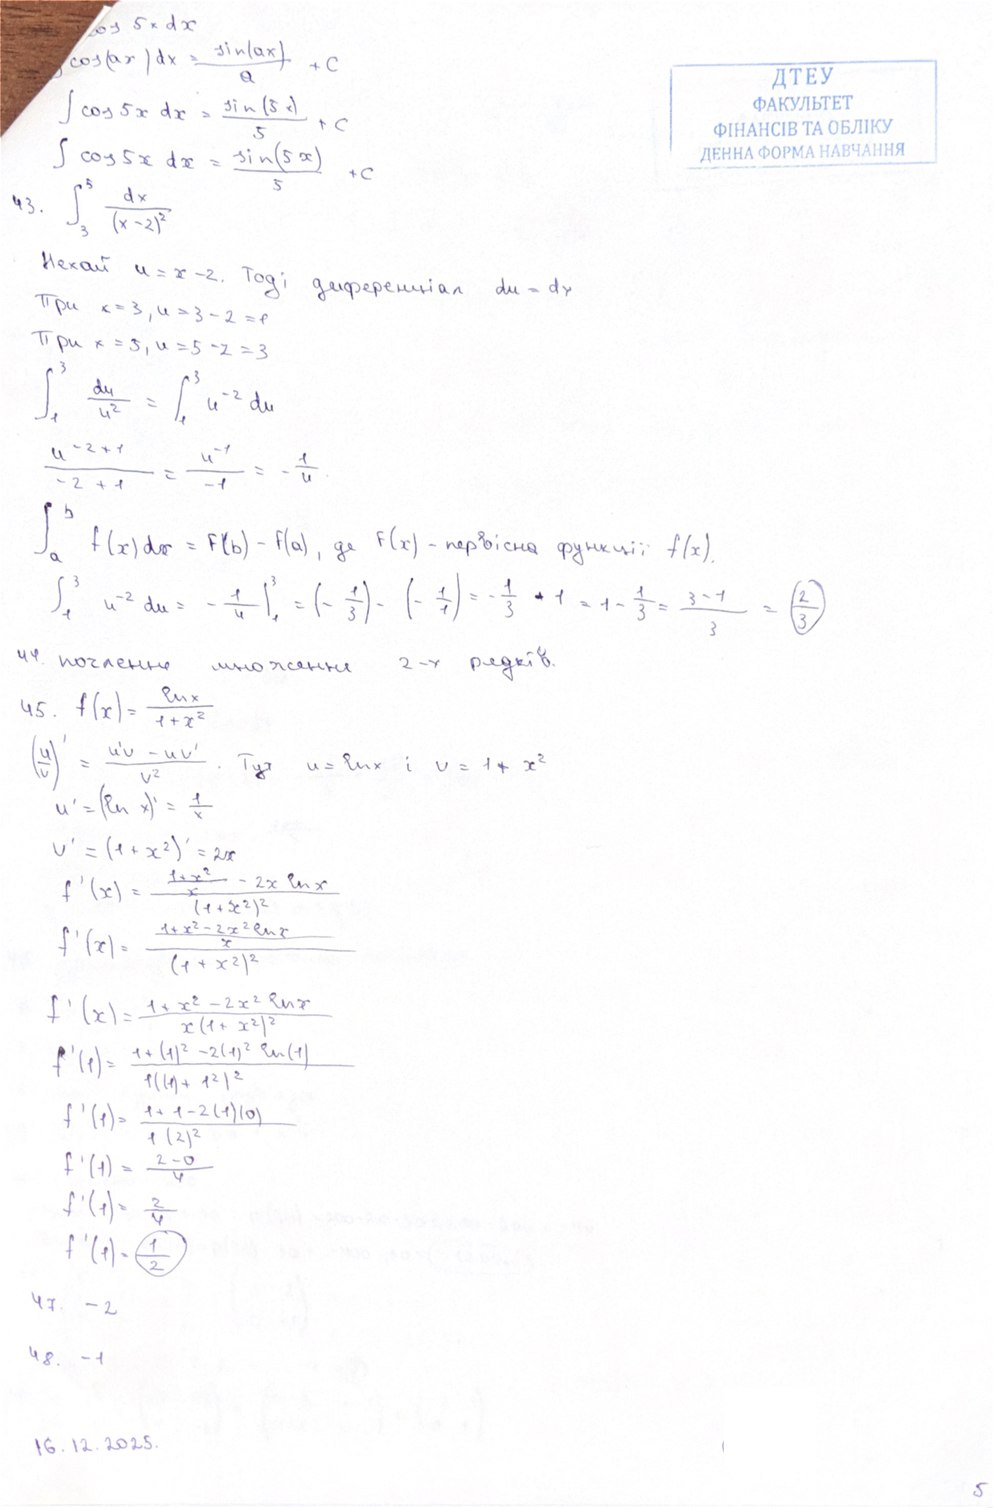
os 5х dx
\int \cos(ax) dx = \frac{\sin(ax)}{a} + C
∫cos5xdx= sin(5x) / 5 + c
∫cos5xdx= sin(5x) / 5 + c
43. \int_{3}^{5} \frac{dx}{(x-2)^2}
Нехай u = x - 2. Тоді диференціал du = dx
При x = 3, u = 3 - 2 = 1
При x = 5, u = 5 - 2 = 3
\int_{1}^{3} \frac{du}{u^2} = \int_{1}^{3} u^{-2} du
\frac{u^{-2+1}}{-2+1} = \frac{u^{-1}}{-1} = -\frac{1}{u}
∫a ^b f(x)dx = F(b) - F(a), де F(x) - первісна функції f(x).
\int_{1}^{3} u^{-2} du = - \frac{1}{u} \bigg|_{1}^{3} = \left( - \frac{1}{3} \right) - \left( - \frac{1}{1} \right) = - \frac{1}{3} + 1 = 1 - \frac{1}{3} = \frac{3 - 1}{3} = \frac{2}{3}
44. почленне множення 2-х рядків.
45. \quad f(x) = \frac{\ln x}{1 + x^2}
\begin{aligned} \left(\frac{u}{v}\right)' &= \frac{u'v - uv'}{v^2}
Тут u=ln x і u=1+ x^2
u' &= (\ln x)' = \frac{1}{x} \end{aligned}
u' = (1 + x^2)' = 2x
f'(x) = \frac{\frac{1+x^2}{x} - 2x \ln x}{(1+x^2)^2}
f'(x) = \frac{\frac{1 + x^2 - 2x^2 \ln x}{x}}{(1 + x^2)^2}
f'(x) = \frac{1 + x^2 - 2x^2 \ln x}{x(1 + x^2)^2}
f'(1) = \frac{1 + (1)^2 - 2(1)^2 \ln(1)}{1(1 + 1^2)^2}
f'(1) = \frac{1 + 1 - 2(1)(0)}{1(2)^2}
f'(1) = \frac{2 - 0}{4}
f'(1) = \frac{2}{4}
f'(1) = \frac{1}{2}
47. - 2
48. -1
16.12.2025.
5